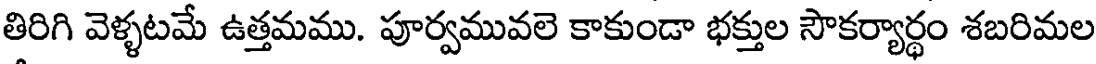
తిరిగి వెళ్ళటమే ఉత్తమము. పూర్వమువలె కాకుండా భక్తుల సౌకర్యార్థం శబరిమల